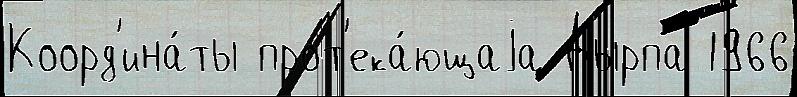
Коорд'ина́ты прот'ека́ющаjа Дырпа 1966